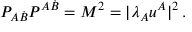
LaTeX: P _ { A \dot { B } } P ^ { A \dot { B } } = M ^ { 2 } = | \lambda _ { A } u ^ { A } | ^ { 2 } \, .